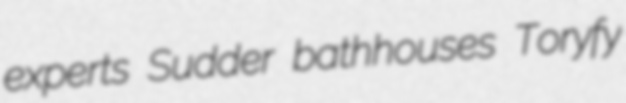
experts Sudder bathhouses Toryfy